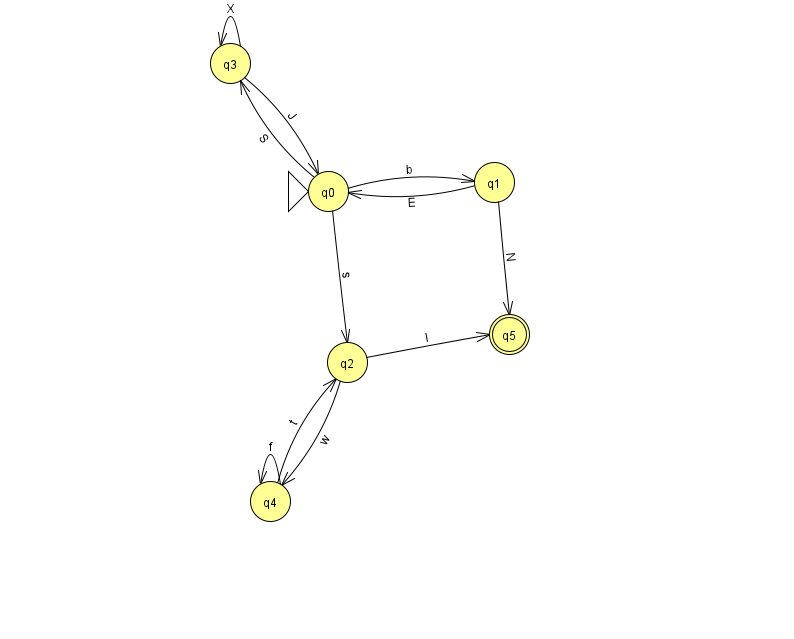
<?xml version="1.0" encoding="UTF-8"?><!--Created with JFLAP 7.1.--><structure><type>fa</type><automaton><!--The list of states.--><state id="0" name="q0"><x>328.0</x><y>178.0</y><initial/></state><state id="1" name="q1"><x>494.0</x><y>169.0</y></state><state id="2" name="q2"><x>347.0</x><y>349.0</y></state><state id="3" name="q3"><x>230.0</x><y>50.0</y></state><state id="4" name="q4"><x>270.0</x><y>488.0</y></state><state id="5" name="q5"><x>509.0</x><y>321.0</y><final/></state><!--The list of transitions.--><transition><from>0</from><to>3</to><read>S</read></transition><transition><from>4</from><to>4</to><read>f</read></transition><transition><from>3</from><to>3</to><read>X</read></transition><transition><from>0</from><to>1</to><read>b</read></transition><transition><from>2</from><to>4</to><read>w</read></transition><transition><from>0</from><to>2</to><read>s</read></transition><transition><from>1</from><to>5</to><read>N</read></transition><transition><from>3</from><to>0</to><read>J</read></transition><transition><from>1</from><to>0</to><read>E</read></transition><transition><from>2</from><to>5</to><read>I</read></transition><transition><from>4</from><to>2</to><read>t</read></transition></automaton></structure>